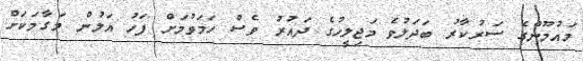
މައުމޫންގެ ސަރުކާރު ބަދަލުވެ މަޖިލީހުގެ ދައުރު ވެސް ހަމަވުމަށް ފަހު އަލުން މަގާމަކަށް